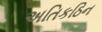
અતિકઠિન